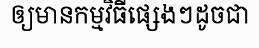
ឲ្យមានកម្មវិធីផ្សេងៗដូចជា